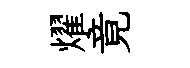
燿竟